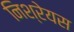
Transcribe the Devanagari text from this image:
निश्रेयस